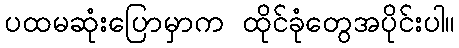
ပထမဆုံးပြောမှာက ထိုင်ခုံတွေအပိုင်းပါ။